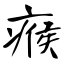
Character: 瘊